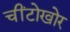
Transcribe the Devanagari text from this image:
चींटोखोर